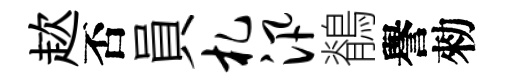
趑否員札汛鶺譽勑